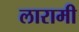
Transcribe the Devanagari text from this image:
लारामी